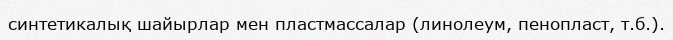
синтетикалық шайырлар мен пластмассалар (линолеум, пенопласт, т.б.).